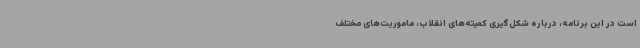
است در این برنامه، درباره شکل‌گیری کمیته‌های انقلاب، ماموریت‌های مختلف